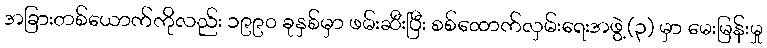
အခြားတစ်ယောက်ကိုလည်း ၁၉၉၀ ခုနှစ်မှာ ဖမ်းဆီးပြီး စစ်ထောက်လှမ်းရေးအဖွဲ့(၃) မှာ မေးမြန်းမှု